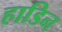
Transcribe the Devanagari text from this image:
हाडिन